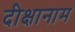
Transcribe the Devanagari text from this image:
दीक्षानाम